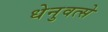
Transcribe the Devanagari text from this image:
धेनुवत्से